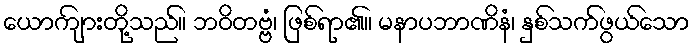
ယောကျ်ားတို့သည်။ ဘဝိတဗ္ဗံ၊ ဖြစ်ရာ၏။ မနာပဘာဏိနံ၊ နှစ်သက်ဖွယ်သော